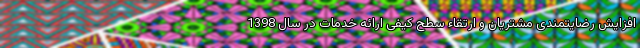
افزایش رضایتمندی مشتریان و ارتقاء سطح کیفی ارائه خدمات در سال 1398